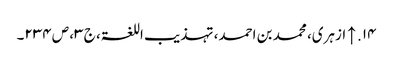
۱۴. ↑ ازہری، محمد بن احمد، تہذیب اللغۃ، ج ۳، ص ۲۳۴۔